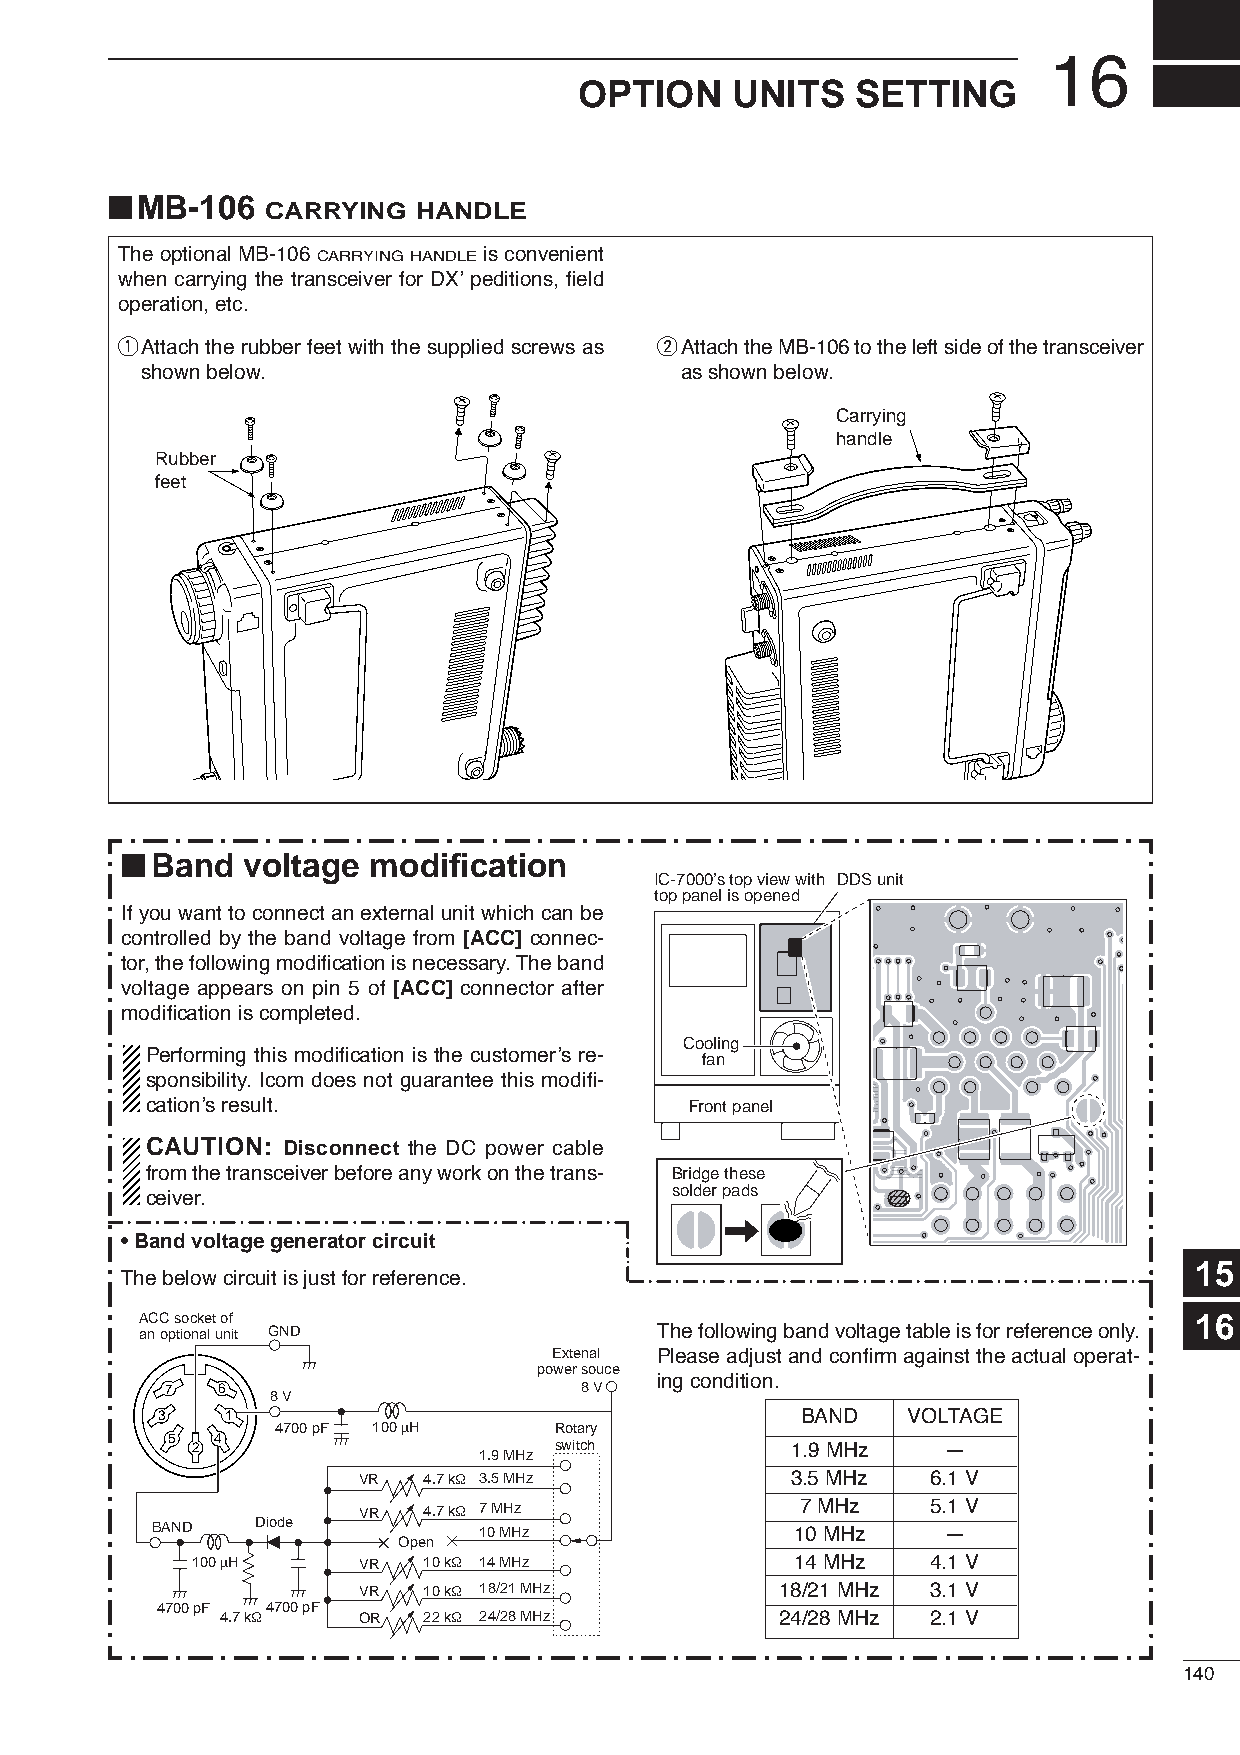
16
 OPTION    UNITS    SETTING
 ■
 MB-106
 CARRYING  HANDLE
 The optional MB-106 CARRYING HANDLE is convenient
 when carrying the transceiver for DX’ peditions, field
 operation, etc.
 qAttach the rubber feet with the supplied screws as wAttach the MB-106 to the left side of the transceiver
 shown below.                        as shown below.
 Carrying
 handle
 Rubber
 feet
 ■
 Band  voltage modification
 IC-7000’s top view with DDS unit
 top panel is opened
 If you want to connect an external unit which can be
 controlled by the band voltage from [ACC] connec-
 tor, the following modification is necessary. The band
 voltage appears on pin 5 of [ACC] connector after
 modification is completed.
 Cooling
 Performing this modification is the customer’s re- fan
 sponsibility. Icom does not guarantee this modifi-
 cation’s result.                    Front panel
 CAUTION: Disconnect the DC power cable
 from the transceiver before any work on the trans- Bridge these
 solder pads
 ceiver.
 • Band voltage generator circuit
 15
 The below circuit is just for reference.
 ACC socket of                                                         16
 an optional unit GND              The following band voltage table is for reference only.
 Extenal Please adjust and confirm against the actual operat-
 power souce
 ing condition.
 7  6                       8 V
 8 V
 3    1                                     BAND   VOLTAGE
 4700 pF 100 µH     Rotary
 5 2 4                     switch         1.9 MHz    —
 1.9 MHz
 VR  4.7 kΩ 3.5 MHz          3.5 MHz   6.1 V
 VR  4.7 kΩ 7 MHz             7 MHz    5.1 V
 BAND   Diode          10 MHz               10 MHz    —
 Open
 100 µH     VR  10 kΩ 14 MHz             14 MHz   4.1 V
 VR  10 kΩ 18/21 MHz         18/21 MHz 3.1 V
 4700 pF 4700 pF
 4.7 kΩ   OR  22 kΩ 24/28 MHz         24/28 MHz 2.1 V
 140